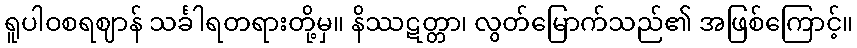
ရူပါဝစရဈာန် သင်္ခါရတရားတို့မှ။ နိဿဋတ္တာ၊ လွတ်မြောက်သည်၏ အဖြစ်ကြောင့်။